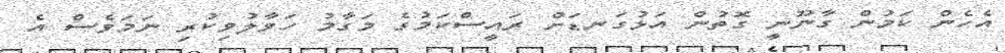
އެހެން ކަމުން ގާނޫނީ ގޮތުން އަޅުގަނޑަށް ރައީސްކަމުގެ މަގާމު ހަވާލުވިކުރި ނަމަވެސް އެ